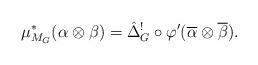
LaTeX: \begin{align*}\mu^*_{M_G}(\alpha \otimes \beta) = \hat{\Delta}_G^!\circ \varphi'(\overline{\alpha}\otimes\overline{\beta}).\end{align*}